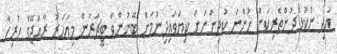
އަދި ނުކުޅެދުންތެރިކަން ހުންނަ ކުދިންނަށް ކިޔަވައިދިނުމަށް ބޭނުންވާ ޓީޗަރުން މިއަހަރު ރާއްޖޭގެ ހުރިހާ